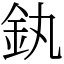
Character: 釻